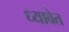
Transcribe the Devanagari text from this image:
ध्यावेत